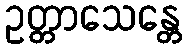
ဥတ္တာသေန္တေ